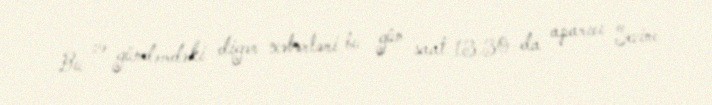
Bu və gündəmdəki digər xəbərləri bu gün saat 13.30-da aparıcı Sevinc